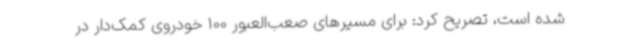
شده است، تصریح کرد: برای مسیرهای صعب‌العبور 100 خودروی کمک‌دار در